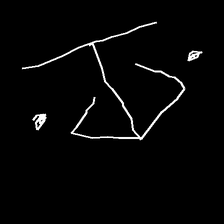
Glyph: earth